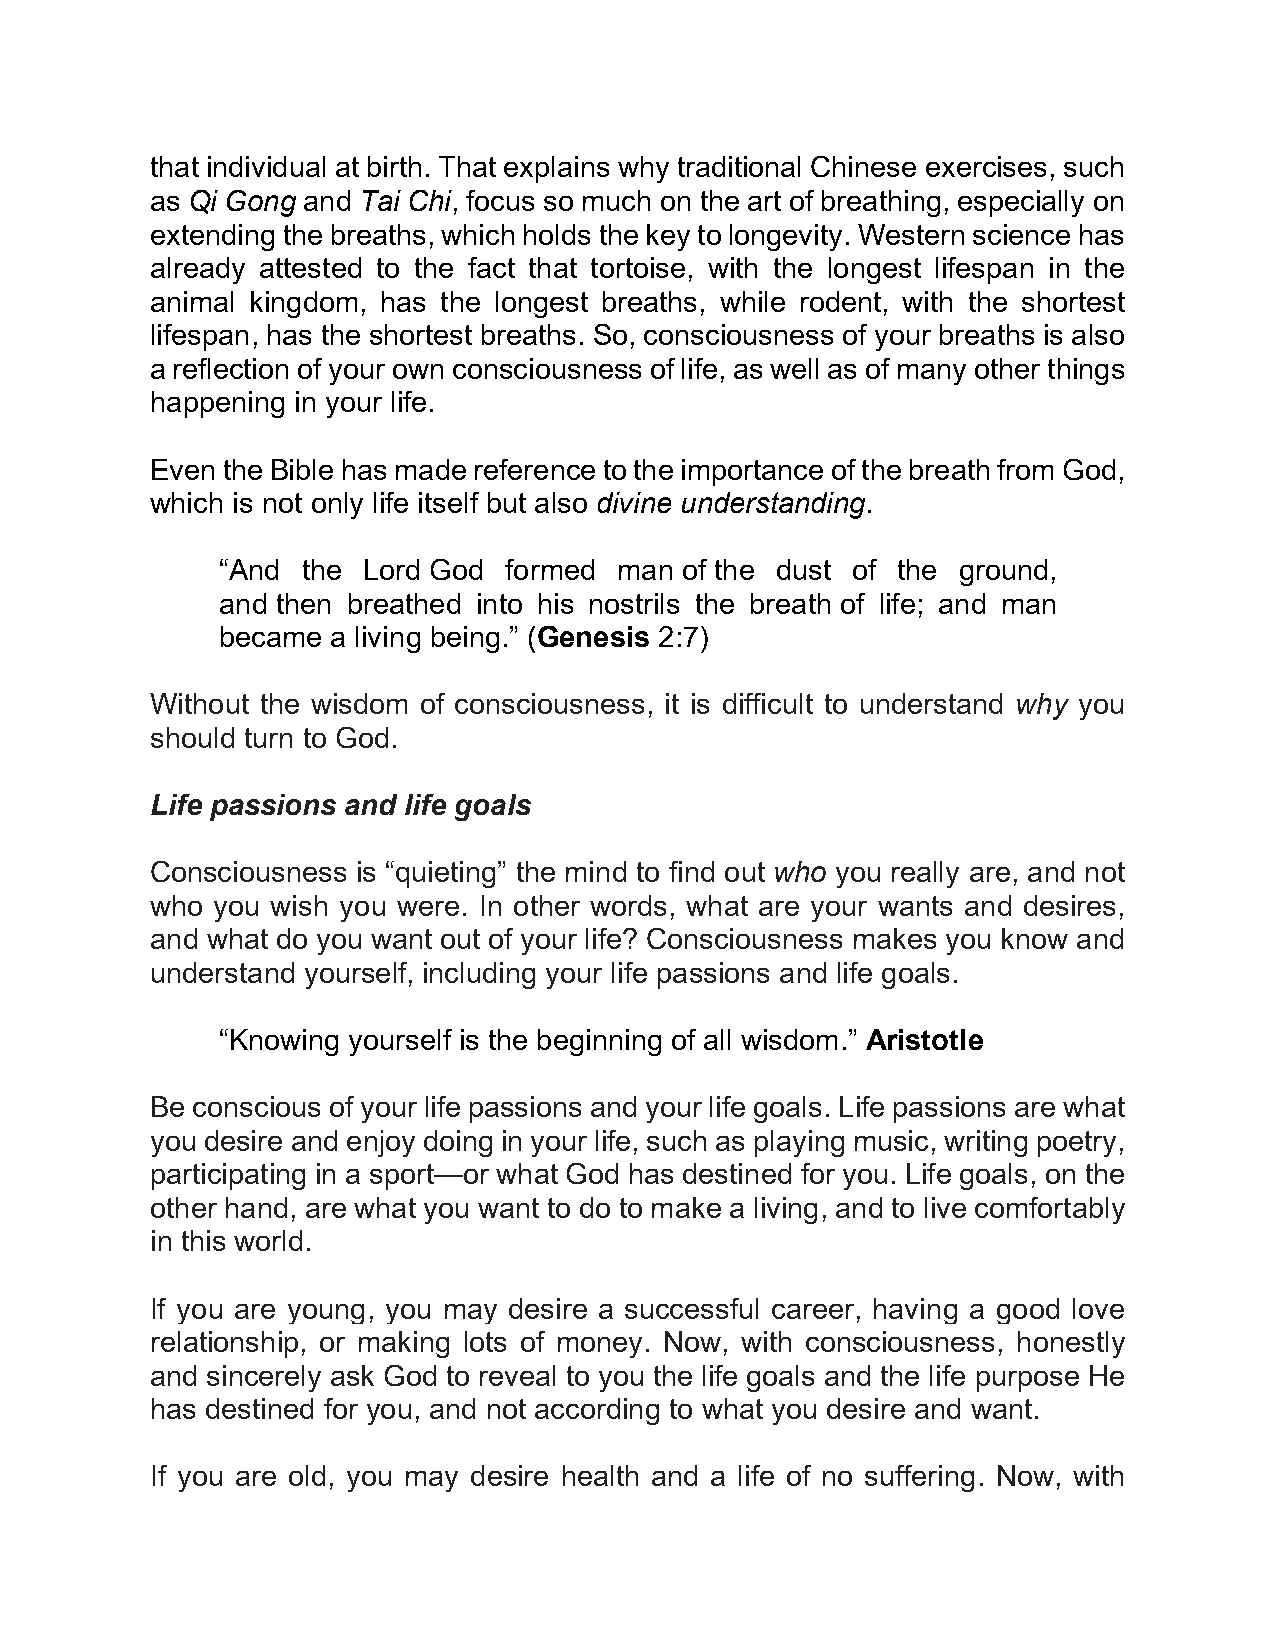
that individual at birth. That explains why traditional Chinese exercises, such
 as Qi Gong and Tai Chi, focus so much on the art of breathing, especially on
 extending the breaths, which holds the key to longevity. Western science has
 already attested to the fact that tortoise, with the longest lifespan in the
 animal kingdom, has the longest breaths, while rodent, with the shortest
 lifespan, has the shortest breaths. So, consciousness of your breaths is also
 a reflection of your own consciousness of life, as well as of many other things
 happening in your life.
 Even the Bible has made reference to the importance of the breath from God,
 which is not only life itself but also divine understanding.
 “And  the Lord God formed  man of the dust of the ground,
 and then breathed into his nostrils the breath of life; and man
 became  a living being.” (Genesis 2:7)
 Without the wisdom of consciousness, it is difficult to understand why you
 should turn to God.
 Life passions and life goals
 Consciousness is “quieting” the mind to find out who you really are, and not
 who you wish you were. In other words, what are your wants and desires,
 and what do you want out of your life? Consciousness makes you know and
 understand yourself, including your life passions and life goals.
 “Knowing yourself is the beginning of all wisdom.” Aristotle
 Be conscious of your life passions and your life goals. Life passions are what
 you desire and enjoy doing in your life, such as playing music, writing poetry,
 participating in a sport—or what God has destined for you. Life goals, on the
 other hand, are what you want to do to make a living, and to live comfortably
 in this world.
 If you are young, you may desire a successful career, having a good love
 relationship, or making lots of money. Now, with consciousness, honestly
 and sincerely ask God to reveal to you the life goals and the life purpose He
 has destined for you, and not according to what you desire and want.
 If you are old, you may desire health and a life of no suffering. Now, with